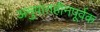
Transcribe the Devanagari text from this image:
अनुपातहीनपूर्वक